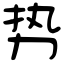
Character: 势